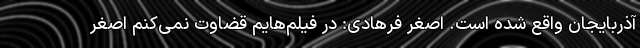
آذربایجان واقع شده است. اصغر فرهادی: در فیلم‌هایم قضاوت نمی‌کنم اصغر